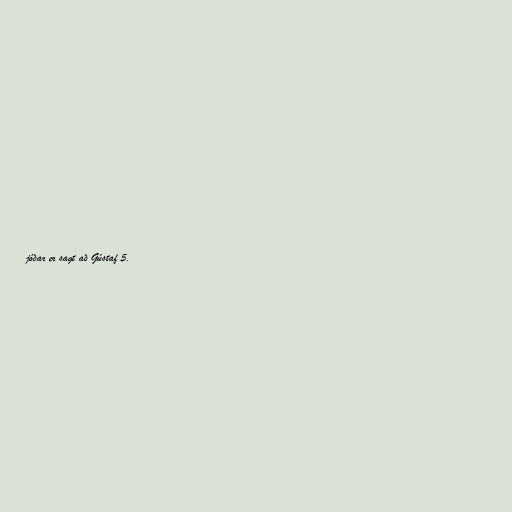
jóðar er sagt að Gústaf 5.